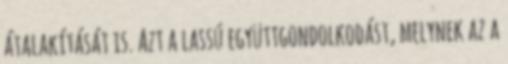
átalakítását is. Azt a lassú együttgondolkodást, melynek az a